Malaria in the Duars
Disease focus: Malaria
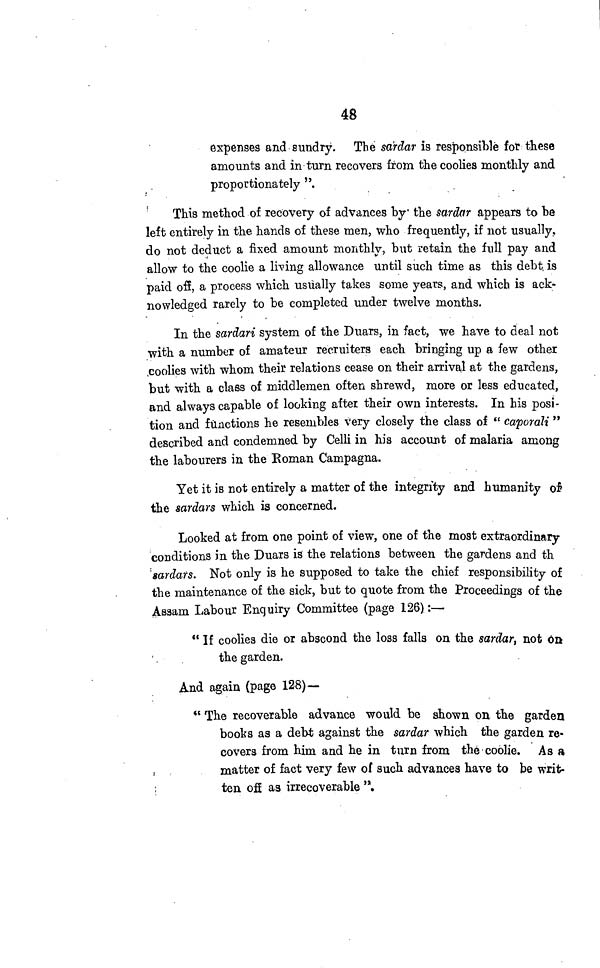
48
expenses and sundry. The sardar is responsible for these
amounts and in turn recovers from the coolies monthly and
proportionately ".
This method of recovery of advances by the sardar appears to be
left entirely in the hands of these men, who frequently, if not usually,
do not deduct a fixed amount monthly, but retain the full pay and
allow to the coolie a living allowance until such time as this debt, is
paid off, a process which usually takes some years, and which is ack-
nowledged rarely to be completed under twelve months.
In the sardari system of the Duars, in fact, we have to deal not
with a number of amateur recruiters each bringing up a few other
coolies with whom their relations cease on their arrival at the gardens,
but with a class of middlemen often shrewd, more or less educated,
and always capable of looking after their own interests. In his posi-
tion and functions he resembles very closely the class of " caporali "
described and condemned by Celli in his account of malaria among
the labourers in the Roman Campagna.
Yet it is not entirely a matter of the integrity and humanity of
the sardars which is concerned.
Looked at from one point of view, one of the most extraordinary-
conditions in the Duars is the relations between the gardens and th
sardars. Not only is he supposed to take the chief responsibility of
the maintenance of the sick, but to quote from the Proceedings of the
Assam Labour Enquiry Committee (page 126) :—
" If coolies die or abscond the loss falls on the sardar, not on
the garden.
And again (page 128)—
" The recoverable advance would be shown on, the garden
books as a debt against the sardar which the garden re-
covers from him and he in turn from the coolie. As a
matter of fact very few of such advances have to be writ-
ten off as irrecoverable ".